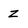
Character: Z